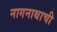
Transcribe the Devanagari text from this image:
नागनाथाची